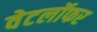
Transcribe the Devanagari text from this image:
वेटलॉफर